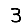
Digit: 3